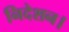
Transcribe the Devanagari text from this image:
निदेशन।